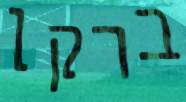
ברקן